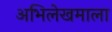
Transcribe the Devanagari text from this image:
अभिलेखमाला